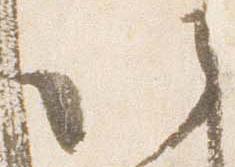
以